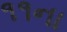
૧૧ના